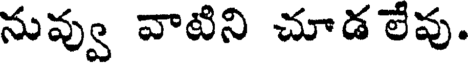
నువ్వు వాటిని చూడ లేవు.